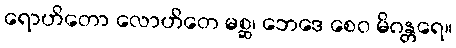
ရောဟိတော လောဟိတေ မစ္ဆ၊ ဘေဒေ စေဝ မိဂန္တရေ။